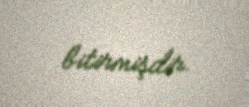
bitirmişdir.